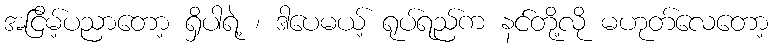
အငြိမ့်ပညာတော့ ရှိပါရဲ့ ၊ ဒါပေမယ့် ရုပ်ရည်က နင်တို့လို မဟုတ်လေတော့